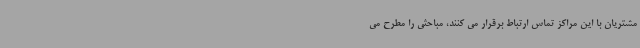
مشتریان با این مراکز تماس ارتباط برقرار می کنند، مباحثی را مطرح می